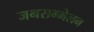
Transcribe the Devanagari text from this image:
जनसम्मेलन